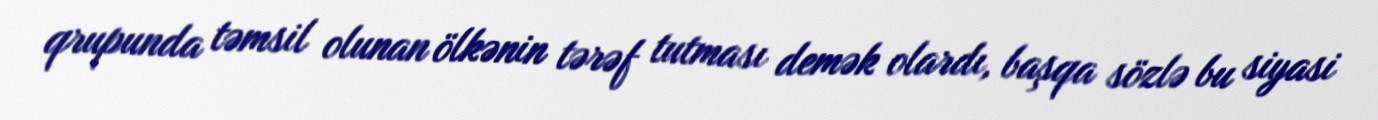
qrupunda təmsil olunan ölkənin tərəf tutması demək olardı, başqa sözlə bu siyasi